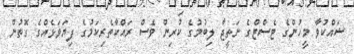
ޝައްކުވާ މީހުންގެ ޓެސްޓްގެ ނަތީޖާ ލިބުމުގެ ކުރިން ވެސް ރައްކާތެރިކަމުގެ ފިޔަވަޅެއްގެ ގޮތުން